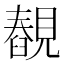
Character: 䚎